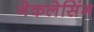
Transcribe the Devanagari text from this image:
नेकलेसिंग